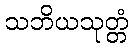
သဘိယသုတ္တံ